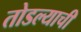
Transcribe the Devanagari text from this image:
तोडल्याची